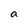
Character: a